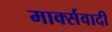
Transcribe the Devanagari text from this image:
मार्क्सवादी